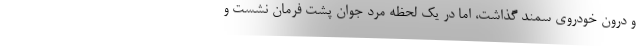
و درون خودروی سمند گذاشت، اما در یک لحظه مرد جوان پشت فرمان نشست و